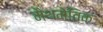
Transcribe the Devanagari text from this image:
मैथमेतिक